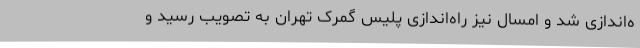
ه‌اندازی شد و امسال نیز راه‌اندازی پلیس گمرک تهران به تصویب رسید و